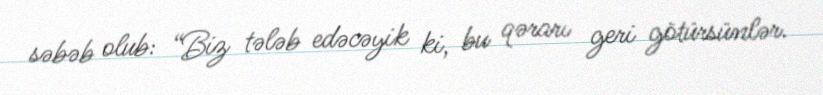
səbəb olub: “Biz tələb edəcəyik ki, bu qərarı geri götürsünlər.